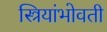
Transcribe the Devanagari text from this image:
स्त्रियांभोवती